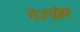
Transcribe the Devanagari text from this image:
गेज्प्रोम